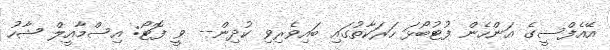
އޭއެފްސީގެ އަންހެން ފުޓުބޯޅަ ހަރަކާތުގައި ބައިވެރިވި ކުދިން-- ވީ ފޮޓޯ: އިސްމާއީލް ޝާހު